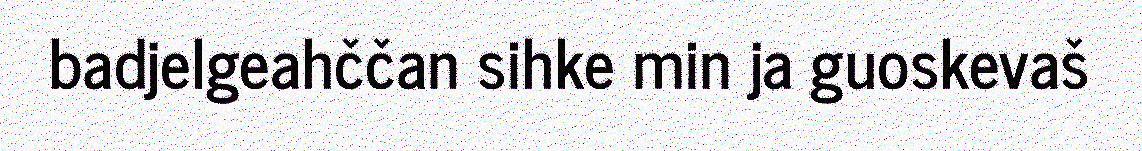
badjelgeahččan sihke min ja guoskevaš